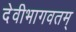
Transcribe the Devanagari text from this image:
देवीभागवतम्